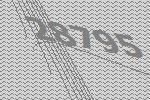
28795